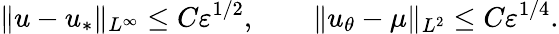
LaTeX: \| u-u_{*}\| _{L^{\infty}}\leq C\varepsilon^{1/2},\qquad\| u_{\theta}-\mu\| _{L^{2}}\leq C\varepsilon^{1/4}.